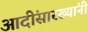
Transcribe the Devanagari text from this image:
आदींसारख्यांनी